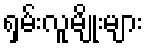
ရှမ်းလူမျိုးများ